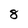
Character: 8